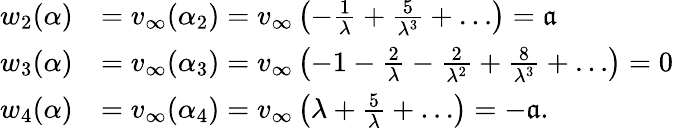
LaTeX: \begin{array}{rl}{w_{2}(\alpha)}&{=v_{\infty}(\alpha_{2})=v_{\infty}\left(-\frac{1}{\lambda}+\frac{5}{\lambda^{3}}+\dots\right)={\mathfrak a}}\\ {w_{3}(\alpha)}&{=v_{\infty}(\alpha_{3})=v_{\infty}\left(-1-\frac{2}{\lambda}-\frac{2}{\lambda^{2}}+\frac{8}{\lambda^{3}}+\dots\right)=0}\\ {w_{4}(\alpha)}&{=v_{\infty}(\alpha_{4})=v_{\infty}\left(\lambda+\frac{5}{\lambda}+\dots\right)=-{\mathfrak a}.}\end{array}